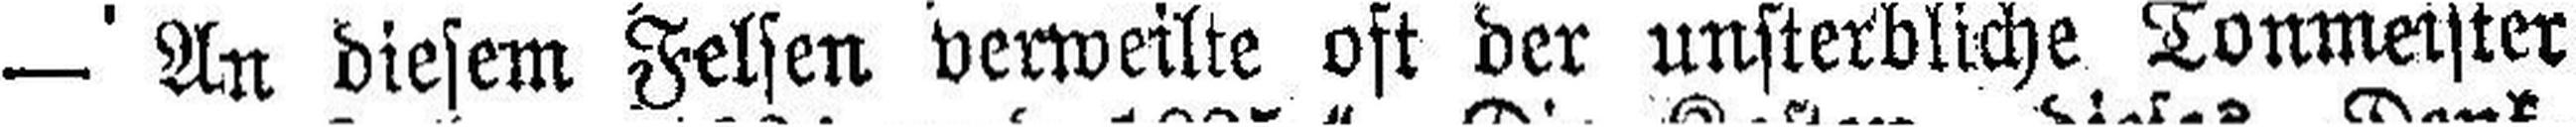
— An diesem Felsen verweilte oft der unsterbliche Tonmeister